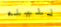
لليله